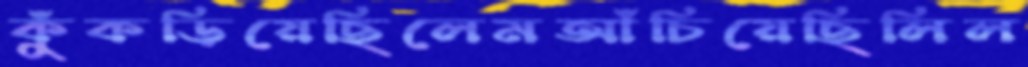
কুঁকড়িয়েছিলেমআঁচিয়েছিলিল